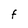
Character: F